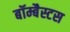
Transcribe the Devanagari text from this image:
बॉम्बैस्टस